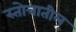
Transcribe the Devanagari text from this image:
स्तोत्रातील